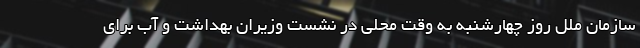
سازمان ملل روز چهارشنبه به وقت محلی در نشست وزیران بهداشت و آب برای